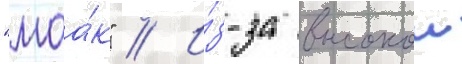
"маа́к" // И́з-за высокои